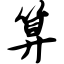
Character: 算